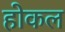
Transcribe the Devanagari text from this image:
होकल